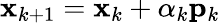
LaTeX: \mathbf{x}_{k+1}=\mathbf{x}_{k}+\alpha_{k}\mathbf{p}_{k}